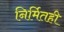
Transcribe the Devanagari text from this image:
निर्मितही